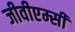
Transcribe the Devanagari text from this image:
जीवीएम्सी